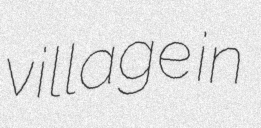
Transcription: village in